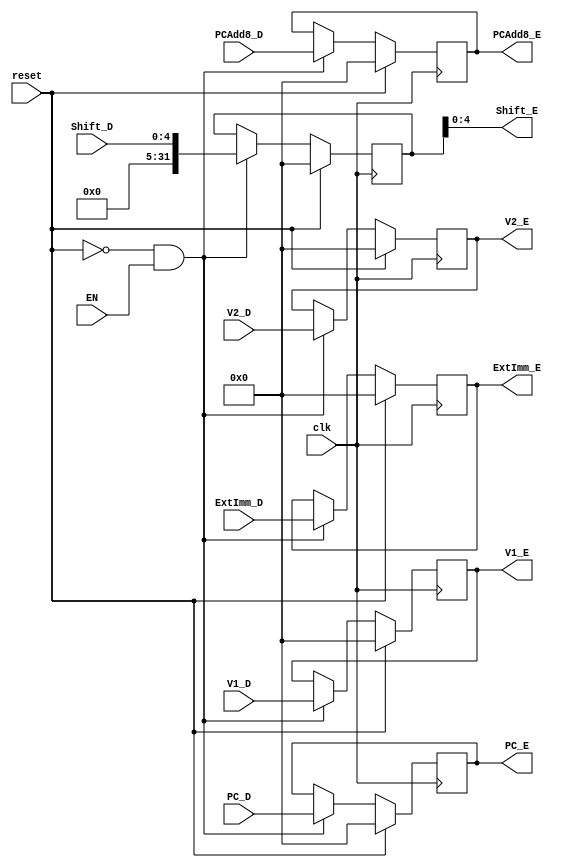
`timescale 1ns / 1ps
//////////////////////////////////////////////////////////////////////////////////
// Company: 
// Engineer: 
// 
// Design Name: 
// Module Name:    Execute 
// Project Name: 
// Target Devices: 
// Tool versions: 
// Description: 
//
// Dependencies: 
//
// Revision: 
// Revision 0.01 - File Created
// Additional Comments: 
//
//////////////////////////////////////////////////////////////////////////////////
module Execute(
    input [31:0] PC_D,
    input [31:0] V1_D,
    input [31:0] V2_D,
    input [31:0] ExtImm_D,
    input [4:0] Shift_D,
    input [31:0] PCAdd8_D,
    input clk,
    input reset,
	input EN,
    output [31:0] PC_E,
    output [31:0] V1_E,
    output [31:0] V2_E,
    output [31:0] ExtImm_E,
    output [4:0] Shift_E,
	output [31:0] PCAdd8_E
    );
	reg[31:0] pc, v1, v2, extimm, shift, pcadd8;
	assign PC_E = pc;
	assign V1_E = v1;
	assign V2_E = v2;
	assign ExtImm_E = extimm;
	assign Shift_E = shift;
	assign PCAdd8_E = pcadd8;
	initial begin
		pc <= 0;
		v1 <= 0;
		v2 <= 0;
		extimm <= 0;
		shift <= 0;
		pcadd8 <= 0;
	end
	always @(posedge clk) begin
		if(reset) begin
			pc <= 0;
			v1 <= 0;
			v2 <= 0;
			extimm <= 0;
			shift <= 0;
			pcadd8 <= 0;
		end
		else if (reset == 0 && EN == 1) begin
			pc <= PC_D;
			v1 <= V1_D;
			v2 <= V2_D;
			extimm <= ExtImm_D;
			shift <= Shift_D;
			pcadd8 <= PCAdd8_D;
		end
		else if (reset == 0 && EN == 0) begin
			pc <= pc;
			v1 <= v1;
			v2 <= v2;
			extimm <= extimm;
			shift <= shift;
			pcadd8 <= pcadd8;
		end
	end


endmodule